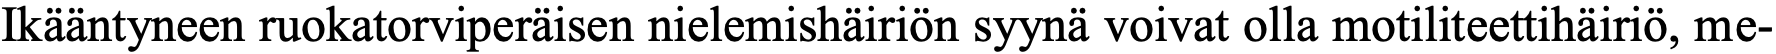
Ikääntyneen ruokatorviperäisen nielemishäiriön syynä voivat olla motiliteettihäiriö, me-